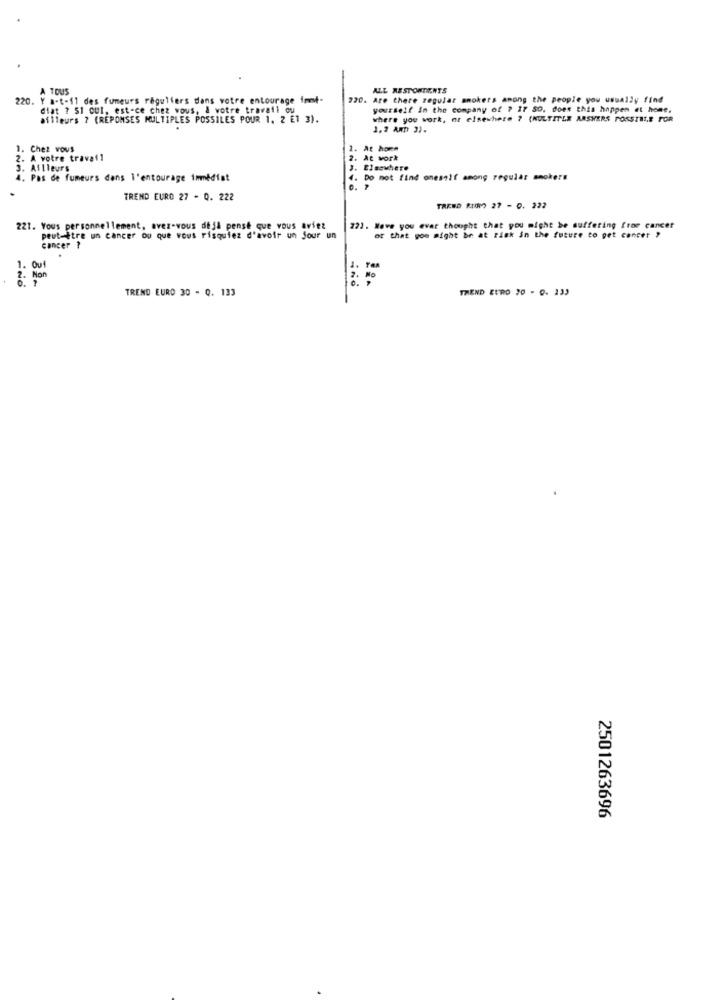
A TOUS
ALL RESPONDENTS
220. Y a-t-il des fumeurs réguliers dans votre entourage iot-
220. Are there regular smokers among the people you usually find
diat ? SI oui, est-ce chez vous, & votre travail ou
yourself in the company of ? 27 SD, does this happen et home.
ailleurs 7 (REPONSES MULTIPLES POSSILES POUR 1. 2 E1 3).
where you work, or elsewhere ? (KULTITLE ARSHERS POSSIBLE FOR
1.2 AM 3).
1. Chez vous
1. At home
2. A votre travail
2.
At work
3. Ailleurs
J. Elaswhere
4. Pas de fumeurs dans l'entourage immédiat
. Do not find oneself among regular smokers
. 7
TREND EURO 27 - Q. 222
TREND RIM 27 - 0. 222
221. Vous personnellement, avez-vous deja pense que vous aviez
221. Have you ever thought that you might be suffering from cancer
peut-itre un cancer ou que vous risquiez d'avoir un jour un
of that you might be at risk in the future to get cancer ?
cancer ?
1. Ouf
2 . Non
TREND EURO 30 - Q. 133
TREND EURO 20 - 0. 133
2501263696